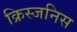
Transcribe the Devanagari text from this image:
क्रिस्जनिस